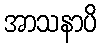
အာသနာပိ